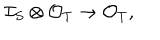
\mathcal { I } _ { S } \otimes \mathcal { O } _ { T } \to \mathcal { O } _ { T } ,